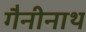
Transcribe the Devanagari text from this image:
गैनीनाथ